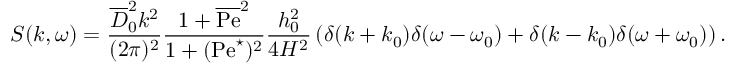
S ( k , \omega ) = \frac { \overline { { D } } _ { 0 } ^ { 2 } k ^ { 2 } } { ( 2 \pi ) ^ { 2 } } \frac { 1 + \overline { { \mathrm { P e } } } ^ { 2 } } { 1 + ( \mathrm { P e } ^ { \star } ) ^ { 2 } } \frac { h _ { 0 } ^ { 2 } } { 4 H ^ { 2 } } \left( \delta ( k + k _ { 0 } ) \delta ( \omega - \omega _ { 0 } ) + \delta ( k - k _ { 0 } ) \delta ( \omega + \omega _ { 0 } ) \right) .